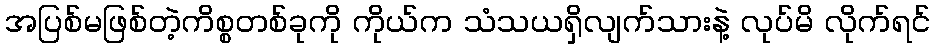
အပြစ်မဖြစ်တဲ့ကိစ္စတစ်ခုကို ကိုယ်က သံသယရှိလျက်သားနဲ့ လုပ်မိ လိုက်ရင်